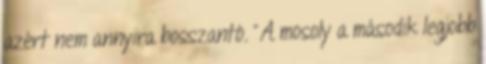
azért nem annyira bosszantó. "A mosoly a második legjobb